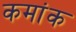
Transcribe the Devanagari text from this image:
कमांक